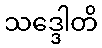
သဒ္ဒေါတိ